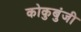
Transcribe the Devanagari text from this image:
कोकुबुंजी